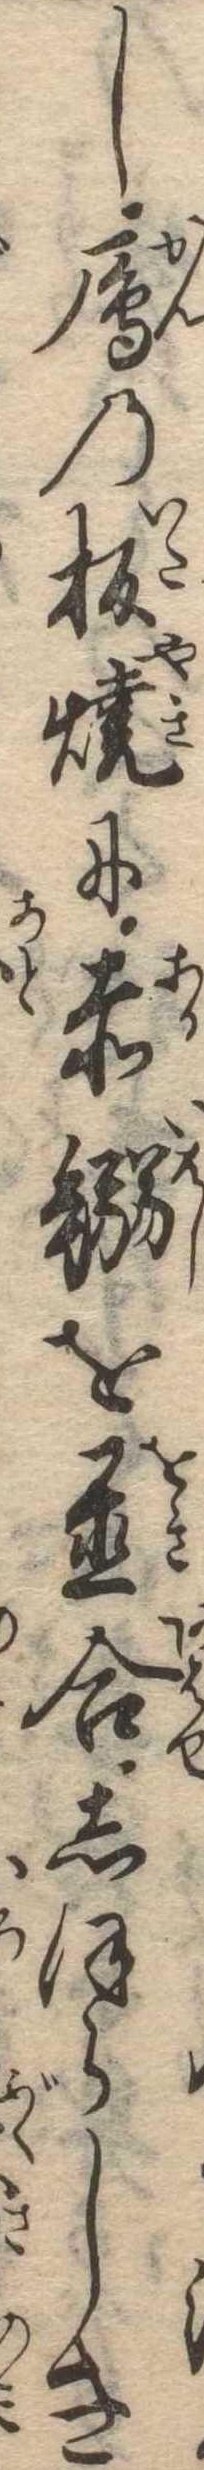
し雁の板焼に赤鰯を置合しほらしき